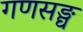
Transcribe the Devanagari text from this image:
गणसङ्घ